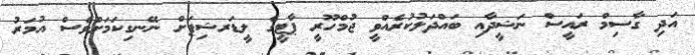
އަދި ގާސިމް ރައީސް ނަޝީދާއި ބައްދަލުކުރެއްވީ ޖުމްހޫރީ ޕާޓީގެ ލީޑަރޝިޕަށް ނޭނގިކަމަށްވެސް އުމަރު